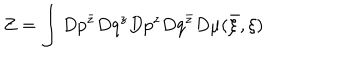
Z = \int D p ^ { \bar { z } } D q ^ { z } D p ^ { z } D q ^ { \bar { z } } D \mu ( { \bar { \xi } } , \xi )